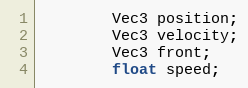
Language: C
		Vec3 position;
		Vec3 velocity;
		Vec3 front;
		float speed;